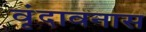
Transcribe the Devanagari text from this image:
वृंदावनास